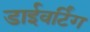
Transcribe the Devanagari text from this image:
डाईवर्टिंग